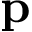
\mathbf { p }